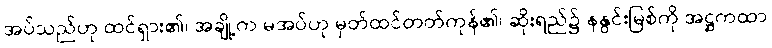
အပ်သည်ဟု ထင်ရှား၏၊ အချို့က မအပ်ဟု မှတ်ထင်တတ်ကုန်၏၊ ဆိုးရည်၌ နနွင်းမြစ်ကို အဋ္ဌကထာ